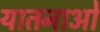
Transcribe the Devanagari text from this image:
यातनाओ